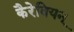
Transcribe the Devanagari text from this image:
कैरेबियन्